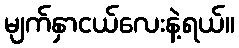
မျက်နှာငယ်လေးနဲ့ရယ်။